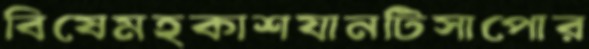
বিষেমহকাশযানটিসাপোর